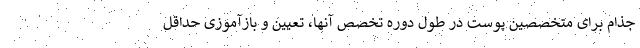
جذام برای متخصصین پوست در طول دوره تخصص آنها، تعیین و بازآموزی حداقل